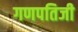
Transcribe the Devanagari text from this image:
गणपतिजी